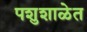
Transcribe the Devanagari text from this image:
पशुशाळेत